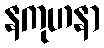
နကုဟနာ